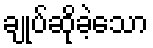
ချုပ်ဆိုခဲ့သော